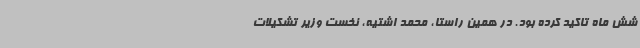
شش ماه تاکید کرده بود. در همین راستا، محمد اشتیه، نخست وزیر تشکیلات